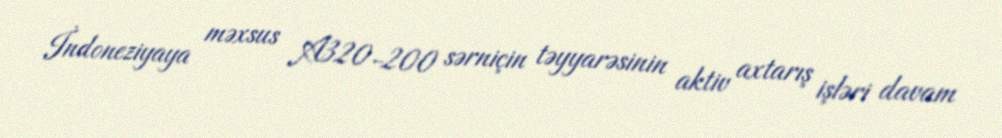
İndoneziyaya məxsus A320-200 sərniçin təyyarəsinin aktiv axtarış işləri davam